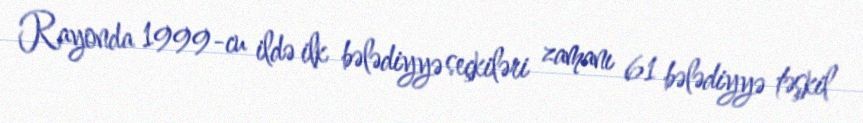
Rayonda 1999-cu ildə ilk bələdiyyə seçkiləri zamanı 61 bələdiyyə təşkil